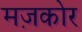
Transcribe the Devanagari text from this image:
मज़कोर